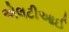
એલટીઆઈ